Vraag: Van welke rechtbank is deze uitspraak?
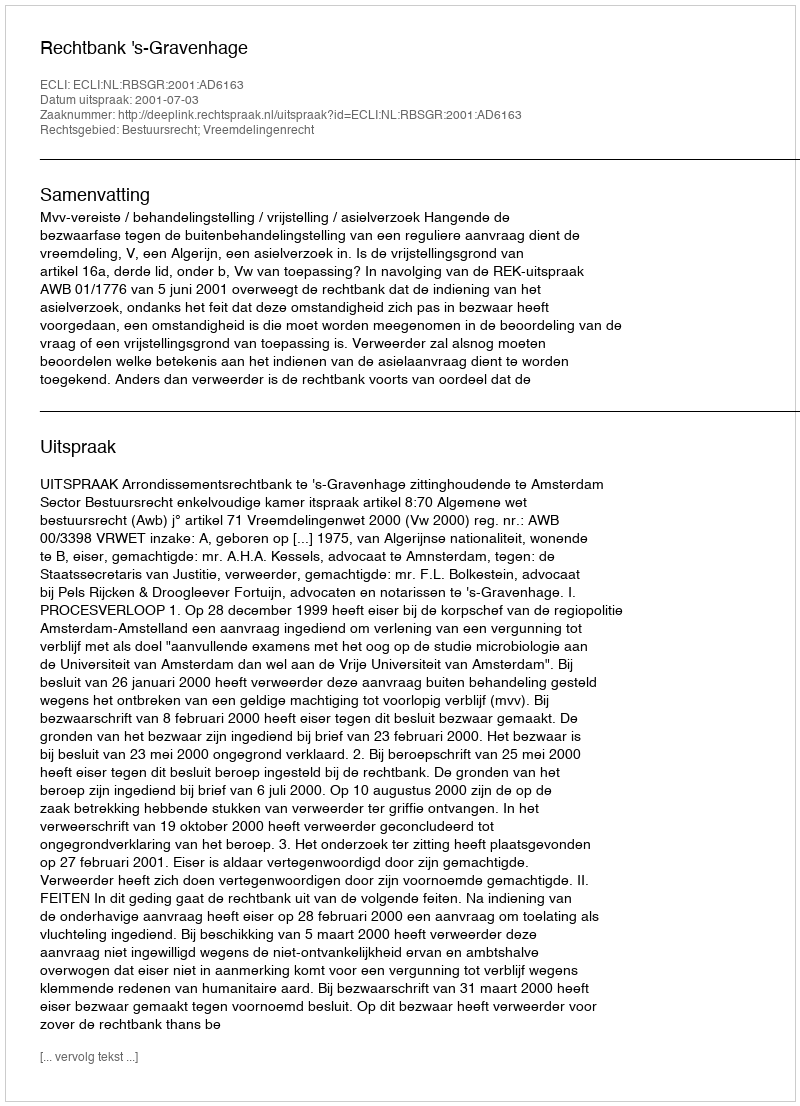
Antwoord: Rechtbank 's-Gravenhage